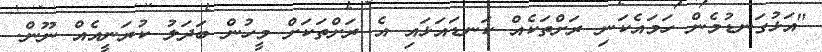
"އަޅުގަނޑުމެން ހަމައެކަނި ރަށްތަކެއް ކަނޑައަޅައި އެ ރަށްތަކަށް މީހުން ބަދަލު ކުރަނީއެއް ނޫން.